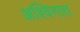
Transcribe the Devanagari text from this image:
अश्विनात